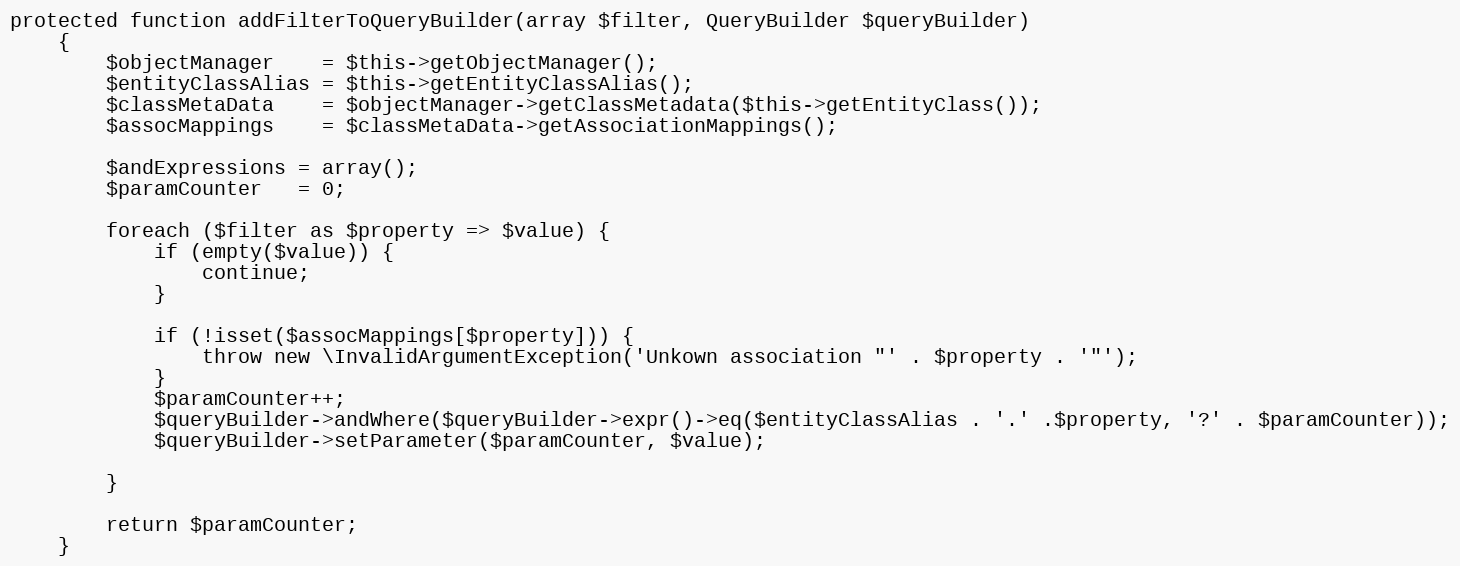
Language: PHP
protected function addFilterToQueryBuilder(array $filter, QueryBuilder $queryBuilder)
    {
        $objectManager    = $this->getObjectManager();
        $entityClassAlias = $this->getEntityClassAlias();
        $classMetaData    = $objectManager->getClassMetadata($this->getEntityClass());
        $assocMappings    = $classMetaData->getAssociationMappings();

        $andExpressions = array();
        $paramCounter   = 0;

        foreach ($filter as $property => $value) {
            if (empty($value)) {
                continue;
            }

            if (!isset($assocMappings[$property])) {
                throw new \InvalidArgumentException('Unkown association "' . $property . '"');
            }
            $paramCounter++;
            $queryBuilder->andWhere($queryBuilder->expr()->eq($entityClassAlias . '.' .$property, '?' . $paramCounter));
            $queryBuilder->setParameter($paramCounter, $value);

        }

        return $paramCounter;
    }